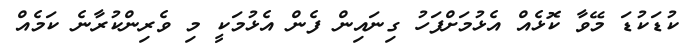
ކުޑަކުޑަ މޭވާ ކޮޅެއް އެޅުމަށްފަހު ގިނައިން ފެން އެޅުމަކީ މި ވެރިންކުރާނެ ކަމެއް